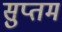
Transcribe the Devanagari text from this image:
सुप्तम